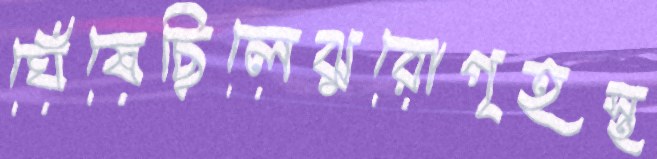
ঘেঁষেছিলেঝুরোগৃহস্থ